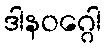
ဒါနဝဂ္ဂေါ